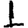
Digit: 1